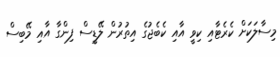
މިސާލަކަށް ކެރެޓާއި ކިވީ އާއި ކެބެޖުގެ އިތުރުން ލޭޑީސް ފިންގާ އާއި މޭބިސް